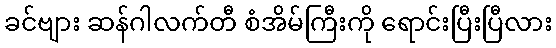
ခင်ဗျား ဆန်ဂါလက်တီ စံအိမ်ကြီးကို ရောင်းပြီးပြီလား